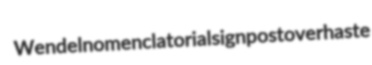
Wendel nomenclatorial signpost overhaste